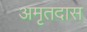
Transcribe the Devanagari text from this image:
अमृतदास